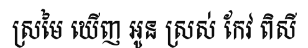
ស្រមៃ ឃើញ អូន ស្រស់ កែវ ពិសី